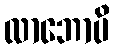
လာဘောပိ